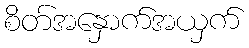
စိတ်အနှောက်အယှက်